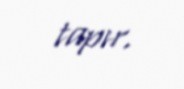
tapır.